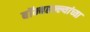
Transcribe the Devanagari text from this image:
बॉम्बहल्ल्यांच्या